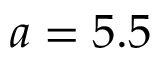
a = 5 . 5